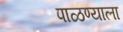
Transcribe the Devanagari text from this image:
पाळण्याला